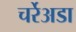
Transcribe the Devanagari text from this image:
चर्रेअडा